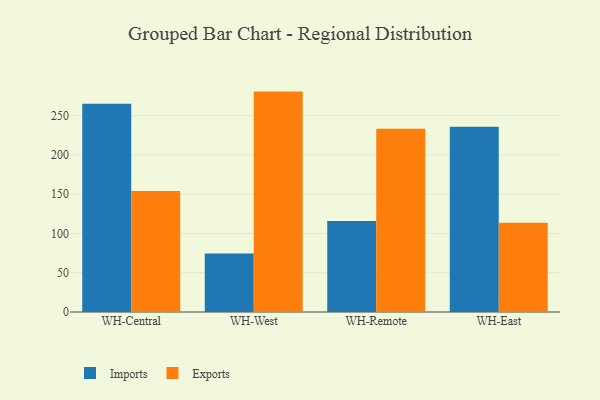
{"axis": {"x": "Warehouse", "y": "Page Views"}, "legend": ["Exports", "Imports"], "data": [{"x": "WH-Central", "y": 265.1, "type": "Imports"}, {"x": "WH-Central", "y": 154.1, "type": "Exports"}, {"x": "WH-West", "y": 74.6, "type": "Imports"}, {"x": "WH-West", "y": 280.6, "type": "Exports"}, {"x": "WH-Remote", "y": 115.9, "type": "Imports"}, {"x": "WH-Remote", "y": 233.2, "type": "Exports"}, {"x": "WH-East", "y": 235.9, "type": "Imports"}, {"x": "WH-East", "y": 113.7, "type": "Exports"}]}